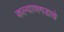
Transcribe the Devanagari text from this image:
कल्याणगडाचे